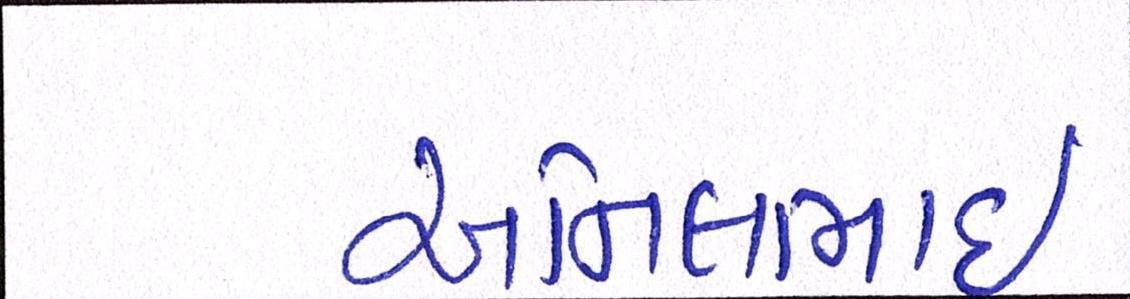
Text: અનિલભાઇ